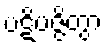
ပဋိပဇ္ဇိတွာ